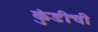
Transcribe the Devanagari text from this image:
कुंडीची